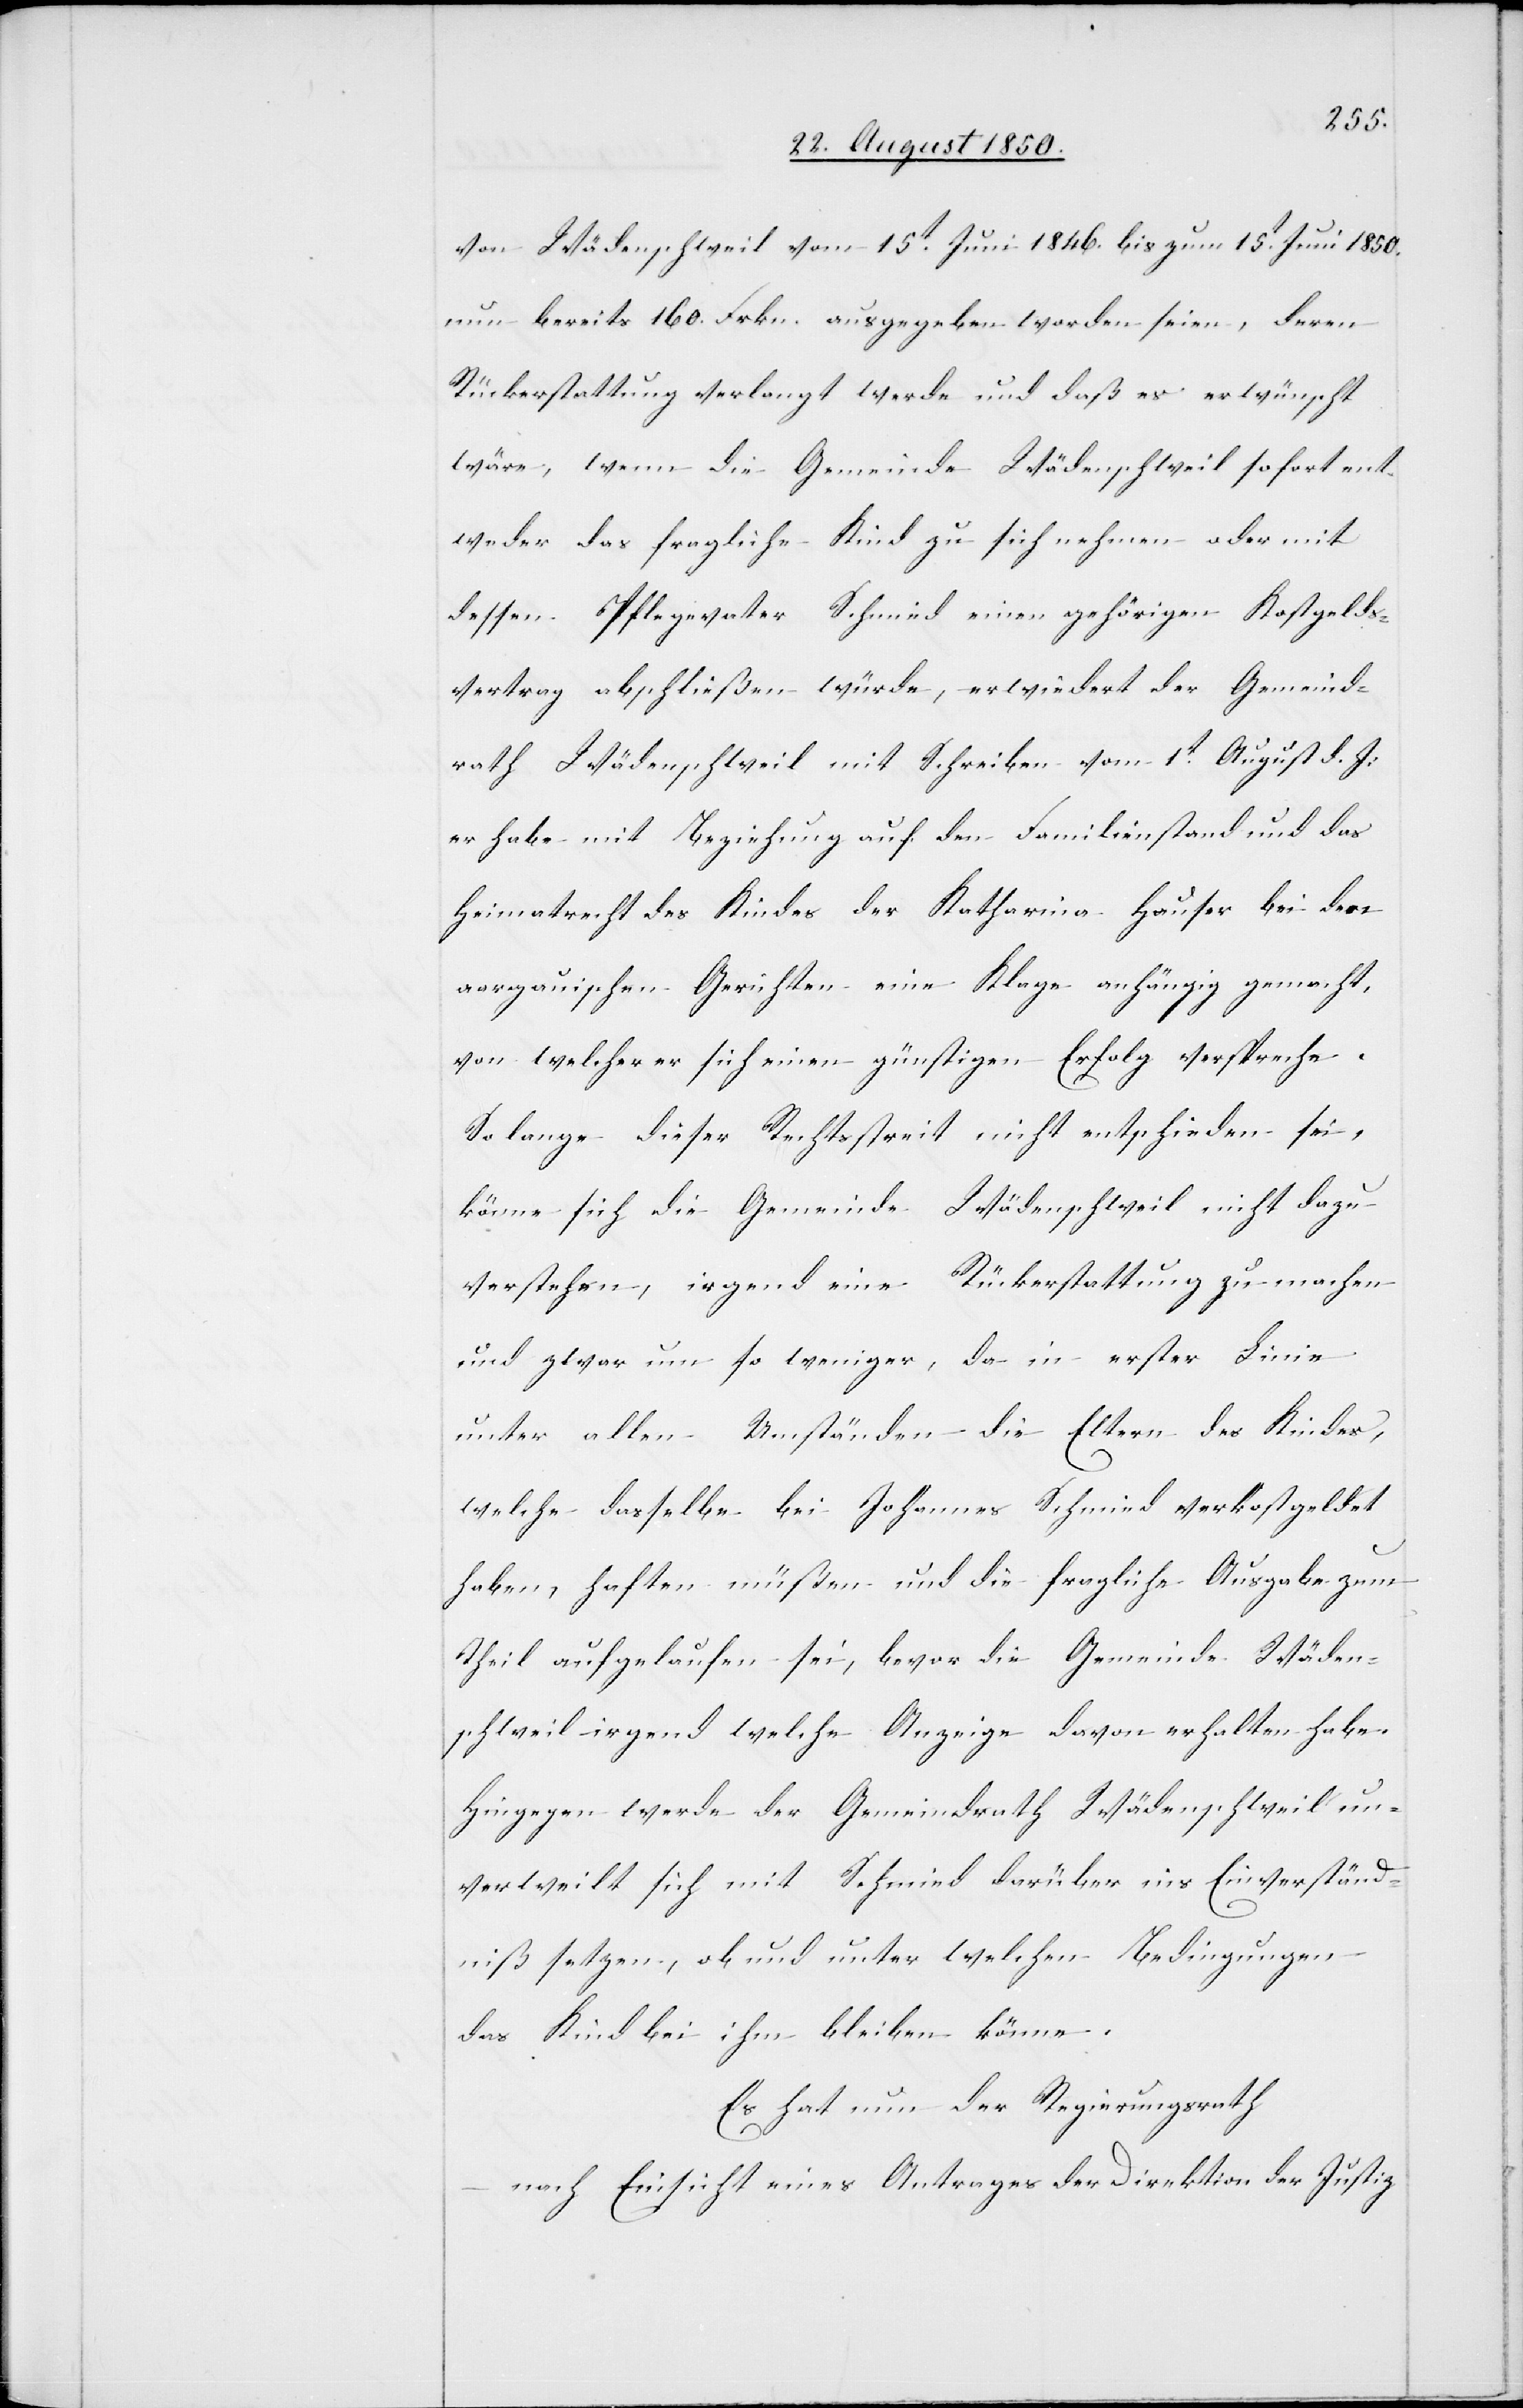
von Wädenschweil vom 15t Juni 1846. bis zum 15t Juni 1850.
nun bereits 160. Frkn. ausgegeben worden seien, deren
Rückerstattung verlangt werde und daß es erwünscht
wäre, wenn die Gemeinde Wädenschweil sofort ent¬
weder das fragliche Kind zu sich nehmen oder mit
dessen Pflegevater Schmied einen gehörigen Kostgelds¬
vertrag beschließen würde, erwiedert der Gemeind¬
rath Wädenschweil mit Schreiben vom 1t August d. J:
er habe mit Beziehung auf den Familienstand und das
Heimatrecht des Kindes der Katharina Hauser bei den
aargauischen Gerichten eine Klage anhängig gemacht,
von welcher er sich einen günstigen Erfolg verspreche.
So lange dieser Rechtsstreit nicht entschieden sei,
könne sich die Gemeinde Wädenschweil nicht dazu
verstehen, irgend eine Rückerstattung zu machen
und zwar um so weniger, da in erster Linie
unter allen Umsätnden die Eltern des Indes,
welche dasselbe bei Johannes Schmied verkostgeldet
haben, haften müßen und die fragliche Ausgabe zum
Theil aufgelaufen sei, bevor die Gemeinde Wäden¬
schweil irgend welche Anzeige davon erhalten habe.
Hingegen werde der Gemeindrath Wädenschweil un¬
verweilt sich mit Schmied darüber ins Einverständ¬
niß setzen, ob und unter welchen Bedingungen
das Kind bei ihm bleiben könne.
Es hat nun der Regierungsrath
nach Einsicht eines Antrages der Direktion der Justiz